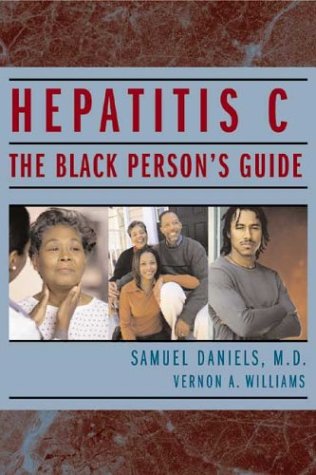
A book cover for Hepatitis C: the Black Persons Guide; Samuel Daniel; Health, Fitness & Dieting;